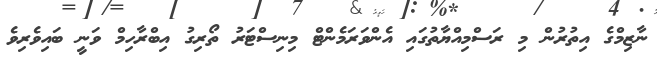
ނާޒިމްގެ އިތުރުން މި ރަސްމިއްޔާތުގައި އެންވަރަމެންޓް މިނިސްޓަރު ތޯރިގު އިބްރާހިމް ވަނީ ބައިވެރިވެ